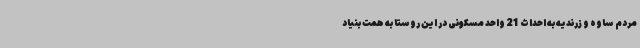
مردم ساوه و زرندیه به احداث 21 واحد مسکونی در این روستا به همت بنیاد